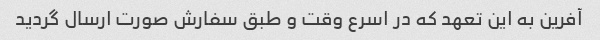
آفرین به این تعهد که در اسرع وقت و طبق سفارش صورت ارسال گردید